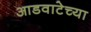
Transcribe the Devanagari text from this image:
आडवाटेच्या